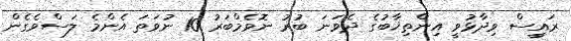
ރައީސް ވިދާޅުވީ އިންތިޚާބުގެ ދެވަނަ ބުރު ނޮވެމްބަރު 10 ނުވަތަ އެންމެ ލަސްވެގެން